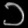
Digit: ၁